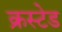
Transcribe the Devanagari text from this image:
क्रस्टेड